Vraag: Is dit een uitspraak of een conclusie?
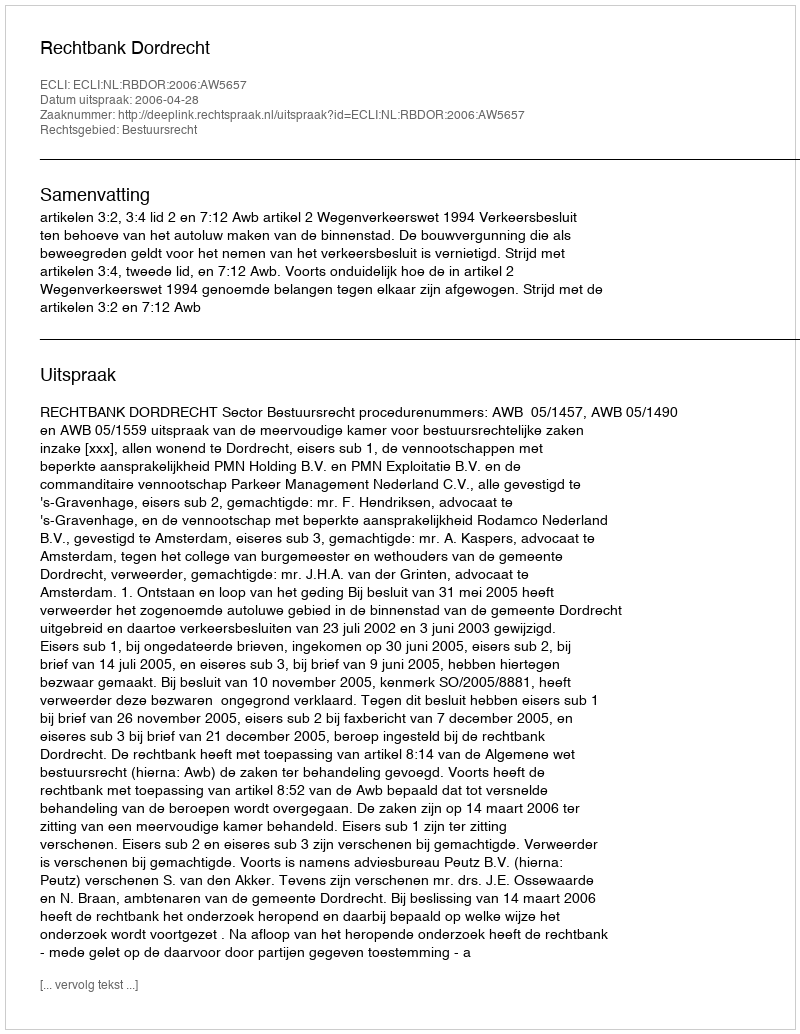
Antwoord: Uitspraak